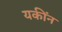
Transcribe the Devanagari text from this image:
यकींन